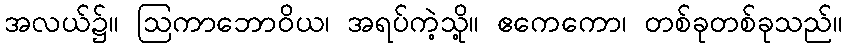
အလယ်၌။ ဩကာဘောဝိယ၊ အရပ်ကဲ့သို့။ ဧကေကော၊ တစ်ခုတစ်ခုသည်။